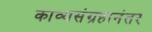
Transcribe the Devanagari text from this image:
काव्यसंग्रहानंतर